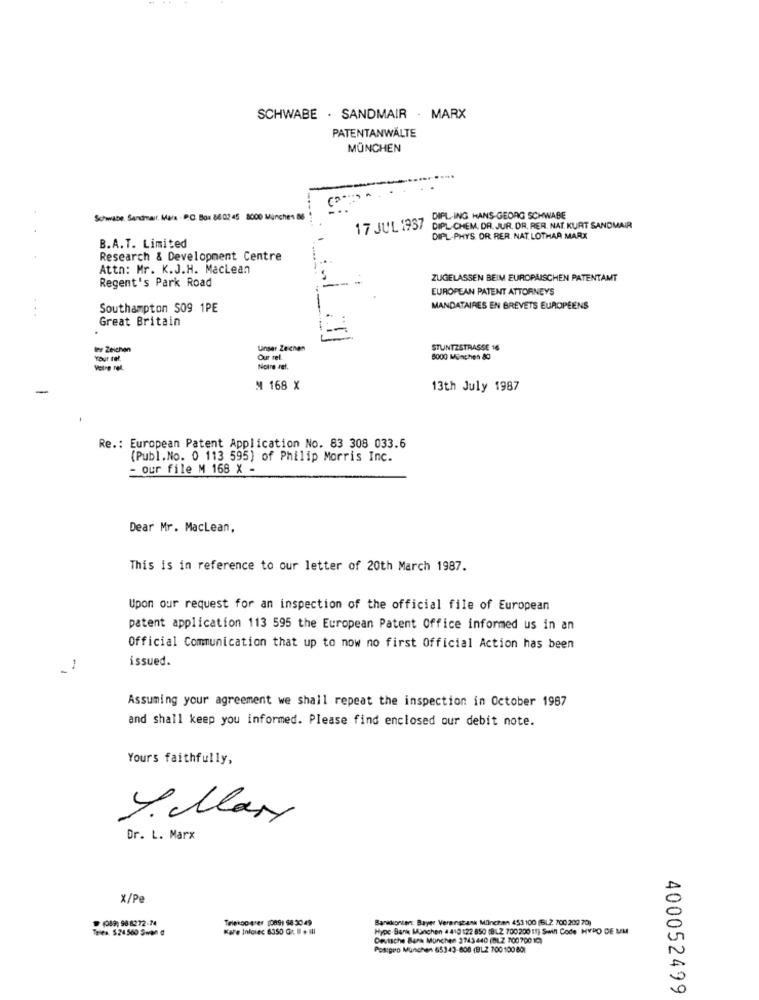
SCHWABE . SANDMAIR . MARX
PATENTANWÄLTE
MÜNCHEN
Schwalbe Sandrarr, Mars . P.O. Box 86 02 45 8000 München 86
DIPL.ING. HANS-GEORG SCHWABE
17 JUL 1937
DIPL CHEM. DR. JUR. DR. RER. NAT. KURT SANDMAIR
DIPL.PHYS. OR RER. NAT. LOTHAR MARX
B.A.T. Limited
Research & Development Centre
Attn: Mr. K.J.H. Maclean
Regent's Park Road
ZUGELASSEN BEIM EUROPÄISCHEN PATENTAMT
EUROPEAN PATENT ATTORNEYS
Southampton S09 1PE
MANDATAIRES EN BREVETS EUROPÉENS
Great Britain
ler Zeichen
Unser Zeichen
STUNTZSTRASSE 16
Your tel.
Our rel.
8000 München 80
Votre rel
Notre ret.
M 168 X
13th July 1987
Re .: European Patent Application No. 83 308 033.6
(Publ. No. 0 113 595) of Philip Morris Inc.
- our file M 168 X -
Dear Mr. Maclean,
This is in reference to our letter of 20th March 1987.
Upon our request for an inspection of the official file of European
patent application 113 595 the European Patent Office informed us in an
Official Communication that up to now no first Official Action has been
issued.
-
Assuming your agreement we shall repeat the inspection in October 1987
and shall keep you informed. Please find enclosed our debit note.
Yours faithfully,
Y. llary
Dr. L. Marx
X/Pe
(049) 98 8272-74
Telekop ater [0891 68 3049
Bankkontert Bayer Verenstank München 453 100 (6) 2 700 202 70)
Teles. $24500 Swan @
Kare Inforec 6350 Gr I + II
Hype Bank München 4 410 122 850 (BLZ 700200 11) Swift Code HYPO DE UM
Deutsche Bank Munchen 3743440 (BLZ 700700 10)
Postgiro Munchen 65343-608 (BLZ 700 100 80)
400052499